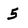
Character: 5